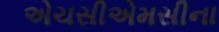
એચસીએમસીના